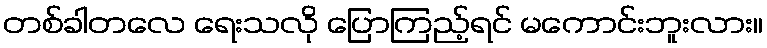
တစ်ခါတလေ ရေးသလို ပြောကြည့်ရင် မကောင်းဘူးလား။